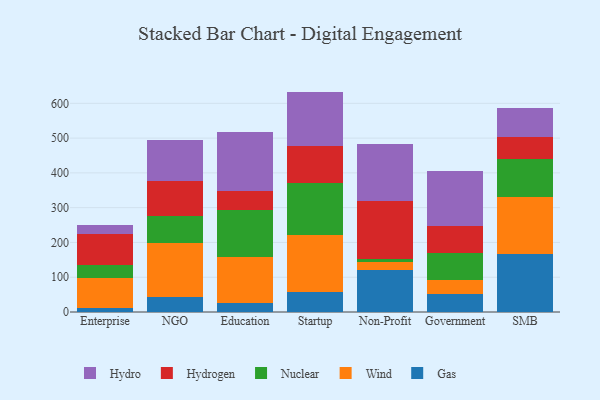
{"axis": {"x": "Segment", "y": "Website Visitors"}, "legend": ["Gas", "Hydro", "Hydrogen", "Nuclear", "Wind"], "data": [{"x": "Enterprise", "y": 11.0, "type": "Gas"}, {"x": "Enterprise", "y": 87.8, "type": "Wind"}, {"x": "Enterprise", "y": 37.4, "type": "Nuclear"}, {"x": "Enterprise", "y": 87.2, "type": "Hydrogen"}, {"x": "Enterprise", "y": 26.8, "type": "Hydro"}, {"x": "NGO", "y": 43.8, "type": "Gas"}, {"x": "NGO", "y": 155.1, "type": "Wind"}, {"x": "NGO", "y": 77.8, "type": "Nuclear"}, {"x": "NGO", "y": 101.0, "type": "Hydrogen"}, {"x": "NGO", "y": 118.2, "type": "Hydro"}, {"x": "Education", "y": 25.1, "type": "Gas"}, {"x": "Education", "y": 131.8, "type": "Wind"}, {"x": "Education", "y": 136.3, "type": "Nuclear"}, {"x": "Education", "y": 56.1, "type": "Hydrogen"}, {"x": "Education", "y": 168.5, "type": "Hydro"}, {"x": "Startup", "y": 58.5, "type": "Gas"}, {"x": "Startup", "y": 162.3, "type": "Wind"}, {"x": "Startup", "y": 148.7, "type": "Nuclear"}, {"x": "Startup", "y": 106.6, "type": "Hydrogen"}, {"x": "Startup", "y": 157.6, "type": "Hydro"}, {"x": "Non-Profit", "y": 120.8, "type": "Gas"}, {"x": "Non-Profit", "y": 24.2, "type": "Wind"}, {"x": "Non-Profit", "y": 6.5, "type": "Nuclear"}, {"x": "Non-Profit", "y": 167.5, "type": "Hydrogen"}, {"x": "Non-Profit", "y": 164.3, "type": "Hydro"}, {"x": "Government", "y": 51.9, "type": "Gas"}, {"x": "Government", "y": 38.9, "type": "Wind"}, {"x": "Government", "y": 80.1, "type": "Nuclear"}, {"x": "Government", "y": 75.6, "type": "Hydrogen"}, {"x": "Government", "y": 157.6, "type": "Hydro"}, {"x": "SMB", "y": 165.5, "type": "Gas"}, {"x": "SMB", "y": 165.8, "type": "Wind"}, {"x": "SMB", "y": 107.4, "type": "Nuclear"}, {"x": "SMB", "y": 63.4, "type": "Hydrogen"}, {"x": "SMB", "y": 85.2, "type": "Hydro"}]}